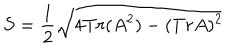
S = \frac { 1 } { 2 } \sqrt { 4 T r ( A ^ { 2 } ) - ( T r A ) ^ { 2 } }